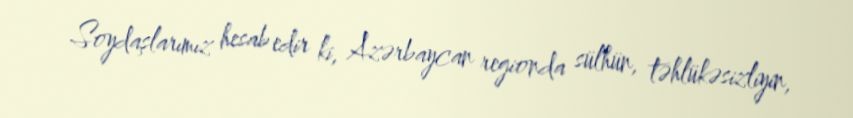
Soydaşlarımız hesab edir ki, Azərbaycan regionda sülhün, təhlükəsizliyin,